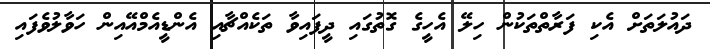
ދައުލަތަށް އެކި ފަރާތްތަކުން ހިލޭ އެހީގެ ގޮތުގައި ދީފައިވާ ތަކެއްޗާއި އެންޑީއެމްއޭއިން ހަވާލުވެފައި